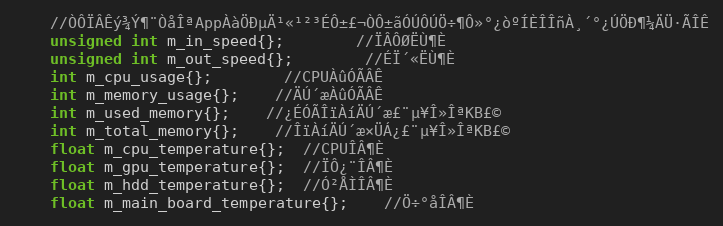
Language: C
	//ÒÔÏÂÊý¾Ý¶¨ÒåÎªAppÀàÖÐµÄ¹«¹²³ÉÔ±£¬ÒÔ±ãÓÚÔÚÖ÷¶Ô»°¿òºÍÈÎÎñÀ¸´°¿ÚÖÐ¶¼ÄÜ·ÃÎÊ
	unsigned int m_in_speed{};		//ÏÂÔØËÙ¶È
	unsigned int m_out_speed{};		//ÉÏ´«ËÙ¶È
	int m_cpu_usage{};		//CPUÀûÓÃÂÊ
	int m_memory_usage{};	//ÄÚ´æÀûÓÃÂÊ
	int m_used_memory{};	//¿ÉÓÃÎïÀíÄÚ´æ£¨µ¥Î»ÎªKB£©
	int m_total_memory{};	//ÎïÀíÄÚ´æ×ÜÁ¿£¨µ¥Î»ÎªKB£©
    float m_cpu_temperature{};  //CPUÎÂ¶È
    float m_gpu_temperature{};  //ÏÔ¿¨ÎÂ¶È
    float m_hdd_temperature{};  //Ó²ÅÌÎÂ¶È
    float m_main_board_temperature{};    //Ö÷°åÎÂ¶È